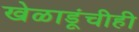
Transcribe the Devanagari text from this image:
खेळाडूंचीही